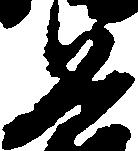
兵